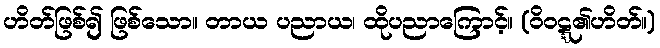
ဟိတ်ဖြစ်၍ ဖြစ်သော။ တာယ ပညာယ၊ ထိုပညာကြောင့်။ (ဝိဝဋ္ဋ၏ဟိတ်။)